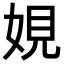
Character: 娊